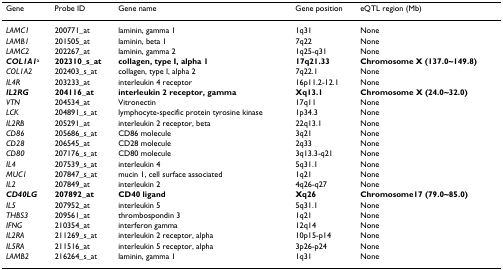
<table><thead><tr><td><b>Gene</b></td><td><b>Probe ID</b></td><td><b>Gene name</b></td><td><b>Gene position</b></td><td><b>eQTL region (Mb)</b></td></tr></thead><tbody><tr><td><i>LAMC1</i></td><td>200771_at</td><td>laminin, gamma 1</td><td>1q31</td><td>None</td></tr><tr><td><i>LAMB1</i></td><td>201505_at</td><td>laminin, beta 1</td><td>7q22</td><td>None</td></tr><tr><td><i>LAMC2</i></td><td>202267_at</td><td>laminin, gamma 2</td><td>1q25-q31</td><td>None</td></tr><tr><td><b><i>COL1A1</i></b><sup>a</sup></td><td><b>202310_s_at</b></td><td><b>collagen, type I, alpha 1</b></td><td><b>17q21.33</b></td><td><b>Chromosome X (137.0~149.8)</b></td></tr><tr><td><i>COL1A2</i></td><td>202403_s_at</td><td>collagen, type I, alpha 2</td><td>7q22.1</td><td>None</td></tr><tr><td><i>IL4R</i></td><td>203233_at</td><td>interleukin 4 receptor</td><td>16p11.2-12.1</td><td>None</td></tr><tr><td><b><i>IL2RG</i></b></td><td><b>204116_at</b></td><td><b>interleukin 2 receptor, gamma</b></td><td><b>Xq13.1</b></td><td><b>Chromosome X (24.0~32.0)</b></td></tr><tr><td><i>VTN</i></td><td>204534_at</td><td>Vitronectin</td><td>17q11</td><td>None</td></tr><tr><td><i>LCK</i></td><td>204891_s_at</td><td>lymphocyte-specific protein tyrosine kinase</td><td>1p34.3</td><td>None</td></tr><tr><td><i>IL2RB</i></td><td>205291_at</td><td>interleukin 2 receptor, beta</td><td>22q13.1</td><td>None</td></tr><tr><td><i>CD86</i></td><td>205686_s_at</td><td>CD86 molecule</td><td>3q21</td><td>None</td></tr><tr><td><i>CD28</i></td><td>206545_at</td><td>CD28 molecule</td><td>2q33</td><td>None</td></tr><tr><td><i>CD80</i></td><td>207176_s_at</td><td>CD80 molecule</td><td>3q13.3-q21</td><td>None</td></tr><tr><td><i>IL4</i></td><td>207539_s_at</td><td>interleukin 4</td><td>5q31.1</td><td>None</td></tr><tr><td><i>MUC1</i></td><td>207847_s_at</td><td>mucin 1, cell surface associated</td><td>1q21</td><td>None</td></tr><tr><td><i>IL2</i></td><td>207849_at</td><td>interleukin 2</td><td>4q26-q27</td><td>None</td></tr><tr><td><b><i>CD40LG</i></b></td><td><b>207892_at</b></td><td><b>CD40 ligand</b></td><td><b>Xq26</b></td><td><b>Chromosome17 (79.0~85.0)</b></td></tr><tr><td><i>IL5</i></td><td>207952_at</td><td>interleukin 5</td><td>5q31.1</td><td>None</td></tr><tr><td><i>THBS3</i></td><td>209561_at</td><td>thrombospondin 3</td><td>1q21</td><td>None</td></tr><tr><td><i>IFNG</i></td><td>210354_at</td><td>interferon gamma</td><td>12q14</td><td>None</td></tr><tr><td><i>IL2RA</i></td><td>211269_s_at</td><td>interleukin 2 receptor, alpha</td><td>10p15-p14</td><td>None</td></tr><tr><td><i>IL5RA</i></td><td>211516_at</td><td>interleukin 5 receptor, alpha</td><td>3p26-p24</td><td>None</td></tr><tr><td><i>LAMB2</i></td><td>216264_s_at</td><td>laminin, gamma 1</td><td>1q31</td><td>None</td></tr></tbody></table>